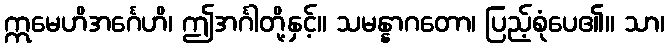
ဣမေဟိအင်္ဂေဟိ၊ ဤအင်္ဂါတို့နှင့်။ သမန္နာဂတော၊ ပြည့်စုံပေ၏။ သာ၊